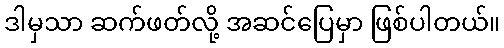
ဒါမှသာ ဆက်ဖတ်လို့ အဆင်ပြေမှာ ဖြစ်ပါတယ်။